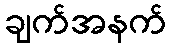
ချက်အနက်